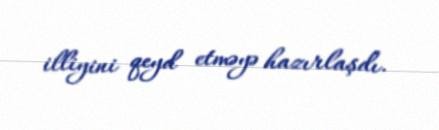
illiyini qeyd etməyə hazırlaşdı.